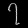
Digit: ၇